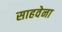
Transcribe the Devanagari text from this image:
साहवेना